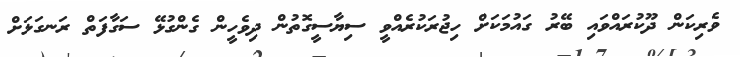
ވެރިކަން ދޫކުރައްވައި ބޭރު ގައުމަކަށް ހިޖުރަކުރެއްވީ ސިޔާސީގޮތުން ދިވެހީން ގެންގުޅޭ ސަގާފަތް ރަނގަޅަށް